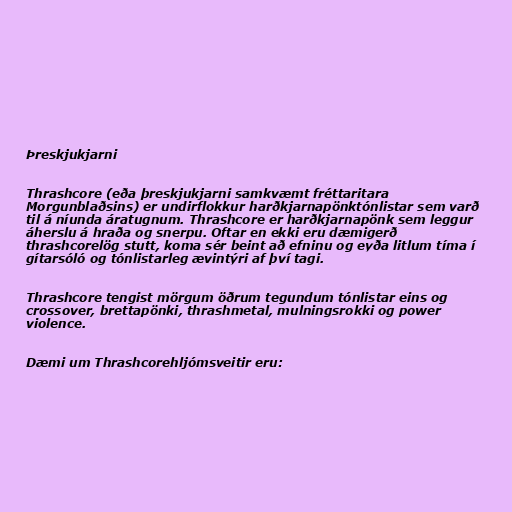
Þreskjukjarni

Thrashcore (eða þreskjukjarni samkvæmt fréttaritara
Morgunblaðsins) er undirflokkur harðkjarnapönktónlistar sem varð
til á níunda áratugnum. Thrashcore er harðkjarnapönk sem leggur
áherslu á hraða og snerpu. Oftar en ekki eru dæmigerð
thrashcorelög stutt, koma sér beint að efninu og eyða litlum tíma í
gítarsóló og tónlistarleg ævintýri af því tagi.

Thrashcore tengist mörgum öðrum tegundum tónlistar eins og
crossover, brettapönki, thrashmetal, mulningsrokki og power
violence.

Dæmi um Thrashcorehljómsveitir eru: